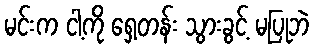
မင်းက ငါ့ကို ရှေ့တန်း သွားခွင့် မပြုဘဲ